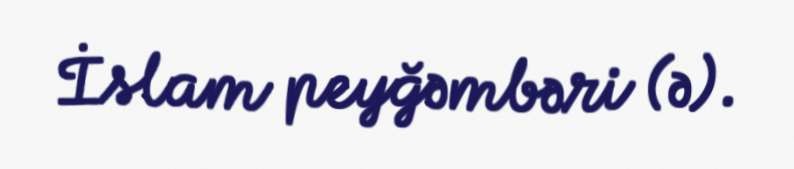
İslam peyğəmbəri (ə).